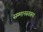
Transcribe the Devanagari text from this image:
सम्‍मानस्‍वरूप